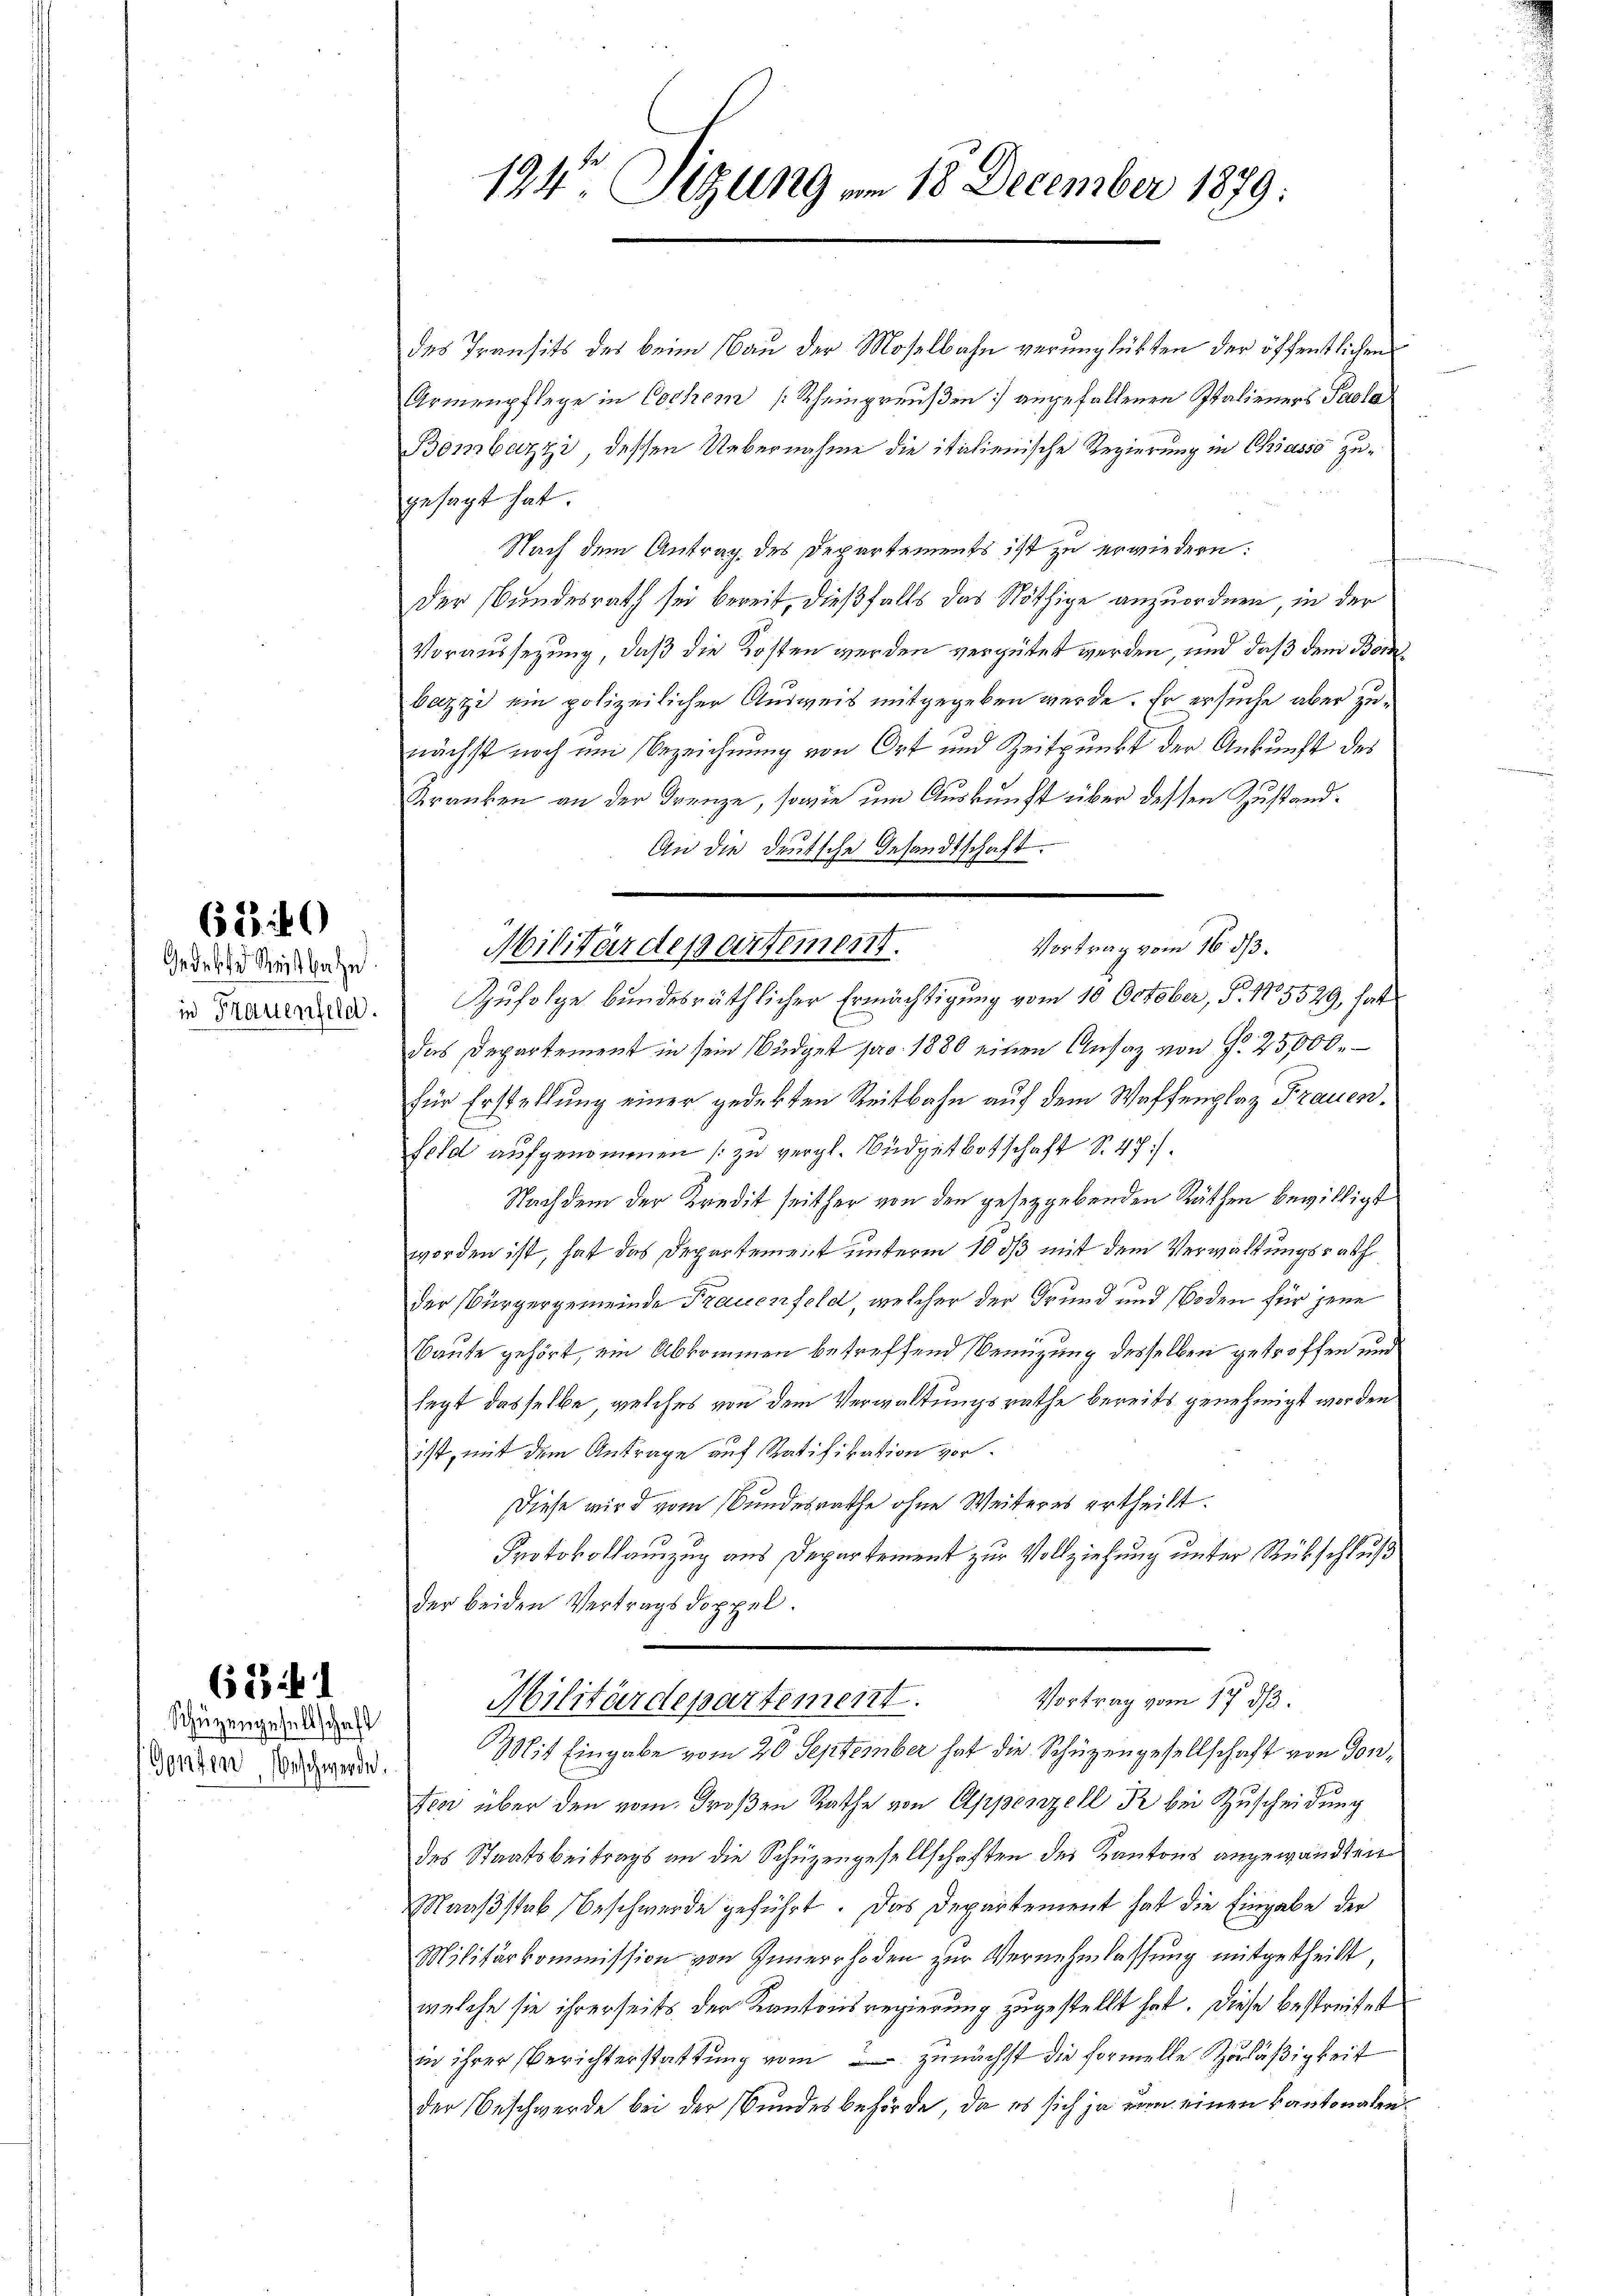
623 i

Gedeckte Reitbahn
in Frauenfeld.

681

Schützengesellschaft
Gonten Beschwerde.

194 Sizung am 18. December 1879.

des Transits des beim Bau der Moselbahn verunglükten der öffentlichen
Armenpflege in Cochem (Rheinpreußen angefallenen Italieners Paola
Bombazzi, dessen Uebernahme die italienische Regierung in Chiasso zugesagt hat.
Nach dem Antrag des Departements ist zu erwiedern:
Der Bundesrath sei bereit, dießfalls das Nöthige anzuordnen, in der
Voraussetzung, daß die Kosten werden vergütet werden, und daß dem Bombazzi ein polizeilicher Ausweis mitgegeben werde. Er ersuche aber zunächst noch um Bezeichnung von Ort und Zeitpunkt der Ankunft des
Kranken an der Grenze, sowie um Auskunft über dessen Zustand¬
An die deutsche Gesandtschaft.
Zufolge bundesräthlicher Ermächtigung vom 10 October, P. 1705529, hatt
das Departement in sein Büdget pro 1880 einen Ansaz von S. 25000.
für Erstellung einer gedekten Reitbahn auf dem Waffenplaz Frauen.
feld aufgenommen (zu vergl. Büdgetbotschaft S. 47).
Nachdem der Kredit seither von den gesetzgebenden Räthen bewilligt.
worden ist, hat das Departement unterm 10 dß mit dem Verwaltungsrath
der Bürgergemeinde Frauenfeld, welcher der Grund und Boden für jene
Baute gehört, ein Abkommen betreffend Benutzung desselben getroffen und
legt dasselbe, welches von dem Verwaltungsrathe bereits genehmigt worden
ist, mit dem Antrage auf Ratifikation vor¬
Diese wird vom Bundesrathe ohne Weiteres ertheilt.
Protokollauszug aus Departement zur Vollziehung unter Rückschluß
der beiden Vertragsdoppel.
Vortrag vom 17. ds.
Militärdepartement.
Mit Eingabe vom 20. September hat die Schüzengesellschaft von Donfen über den vom Großen Rathe von Appenzell Pr bei Zuscheidung
des Staatsbeitrags an die Schüzengesellschaften des Kantons angewandten
Maaßstab Beschwerde geführt. Das Departement hat die Eingabe der
Militärkommission von Innerrhoden zur Vernehmlassung mitgetheilt,
welche sie ihrerseits der Kantonsregierung zugestellt hat. Diese bestreifet
in ihrer Berichterstattung vom zunächst die formelle Zuläßigkeit
der Beschwerde bei der Bundesbehörde, da es sich ja nun einen kantonalen¬

Vortrag vom 16. ds.
Militärdepartement.